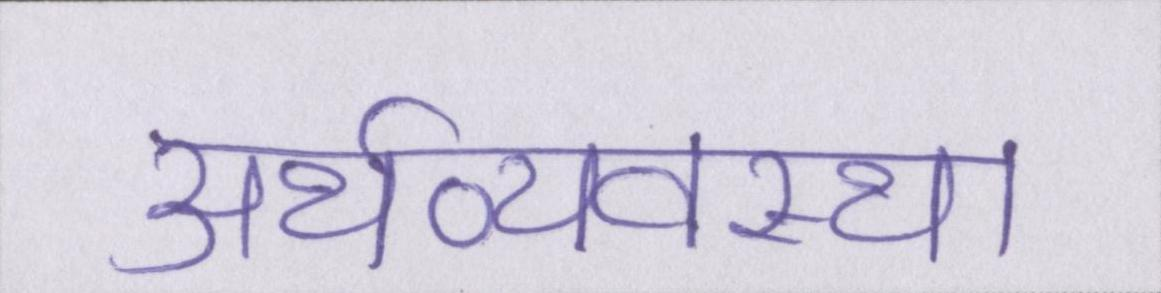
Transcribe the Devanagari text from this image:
अर्थव्यवस्था